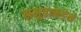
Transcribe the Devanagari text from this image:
समुद्राकडेने